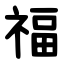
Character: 福